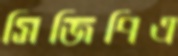
সিজিপিএ